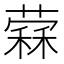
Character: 𦼖